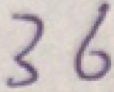
3 6